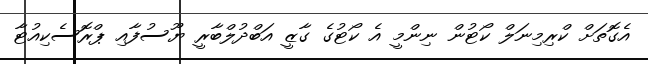
އެގޮތަށް ކްރިމިނަލް ކޯޓުން ނިންމީ އެ ކޯޓުގެ ގާޒީ އަބްދުލްބާރީ ޔޫސުފާއި ޕްރޮސެކިއުޓާ